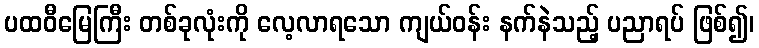
ပထဝီမြေကြီး တစ်ခုလုံးကို လေ့လာရသော ကျယ်ဝန်း နက်နဲသည့် ပညာရပ် ဖြစ်၍၊